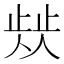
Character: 𣦁